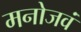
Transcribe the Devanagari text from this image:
मनोजवं